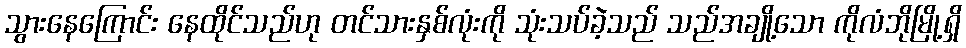
သွားနေကြောင်း နေထိုင်သည်ဟု တင်သားနှစ်လုံးကို သုံးသပ်ခဲ့သည် သည်အချို့သော ကိုလံဘိုမြို့ရှိ